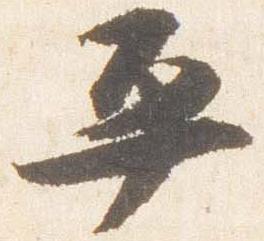
平